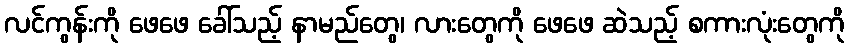
လင်ကွန်းကို ဖေဖေ ခေါ်သည့် နာမည်တွေ၊ လားတွေကို ဖေဖေ ဆဲသည့် စကားလုံးတွေကို